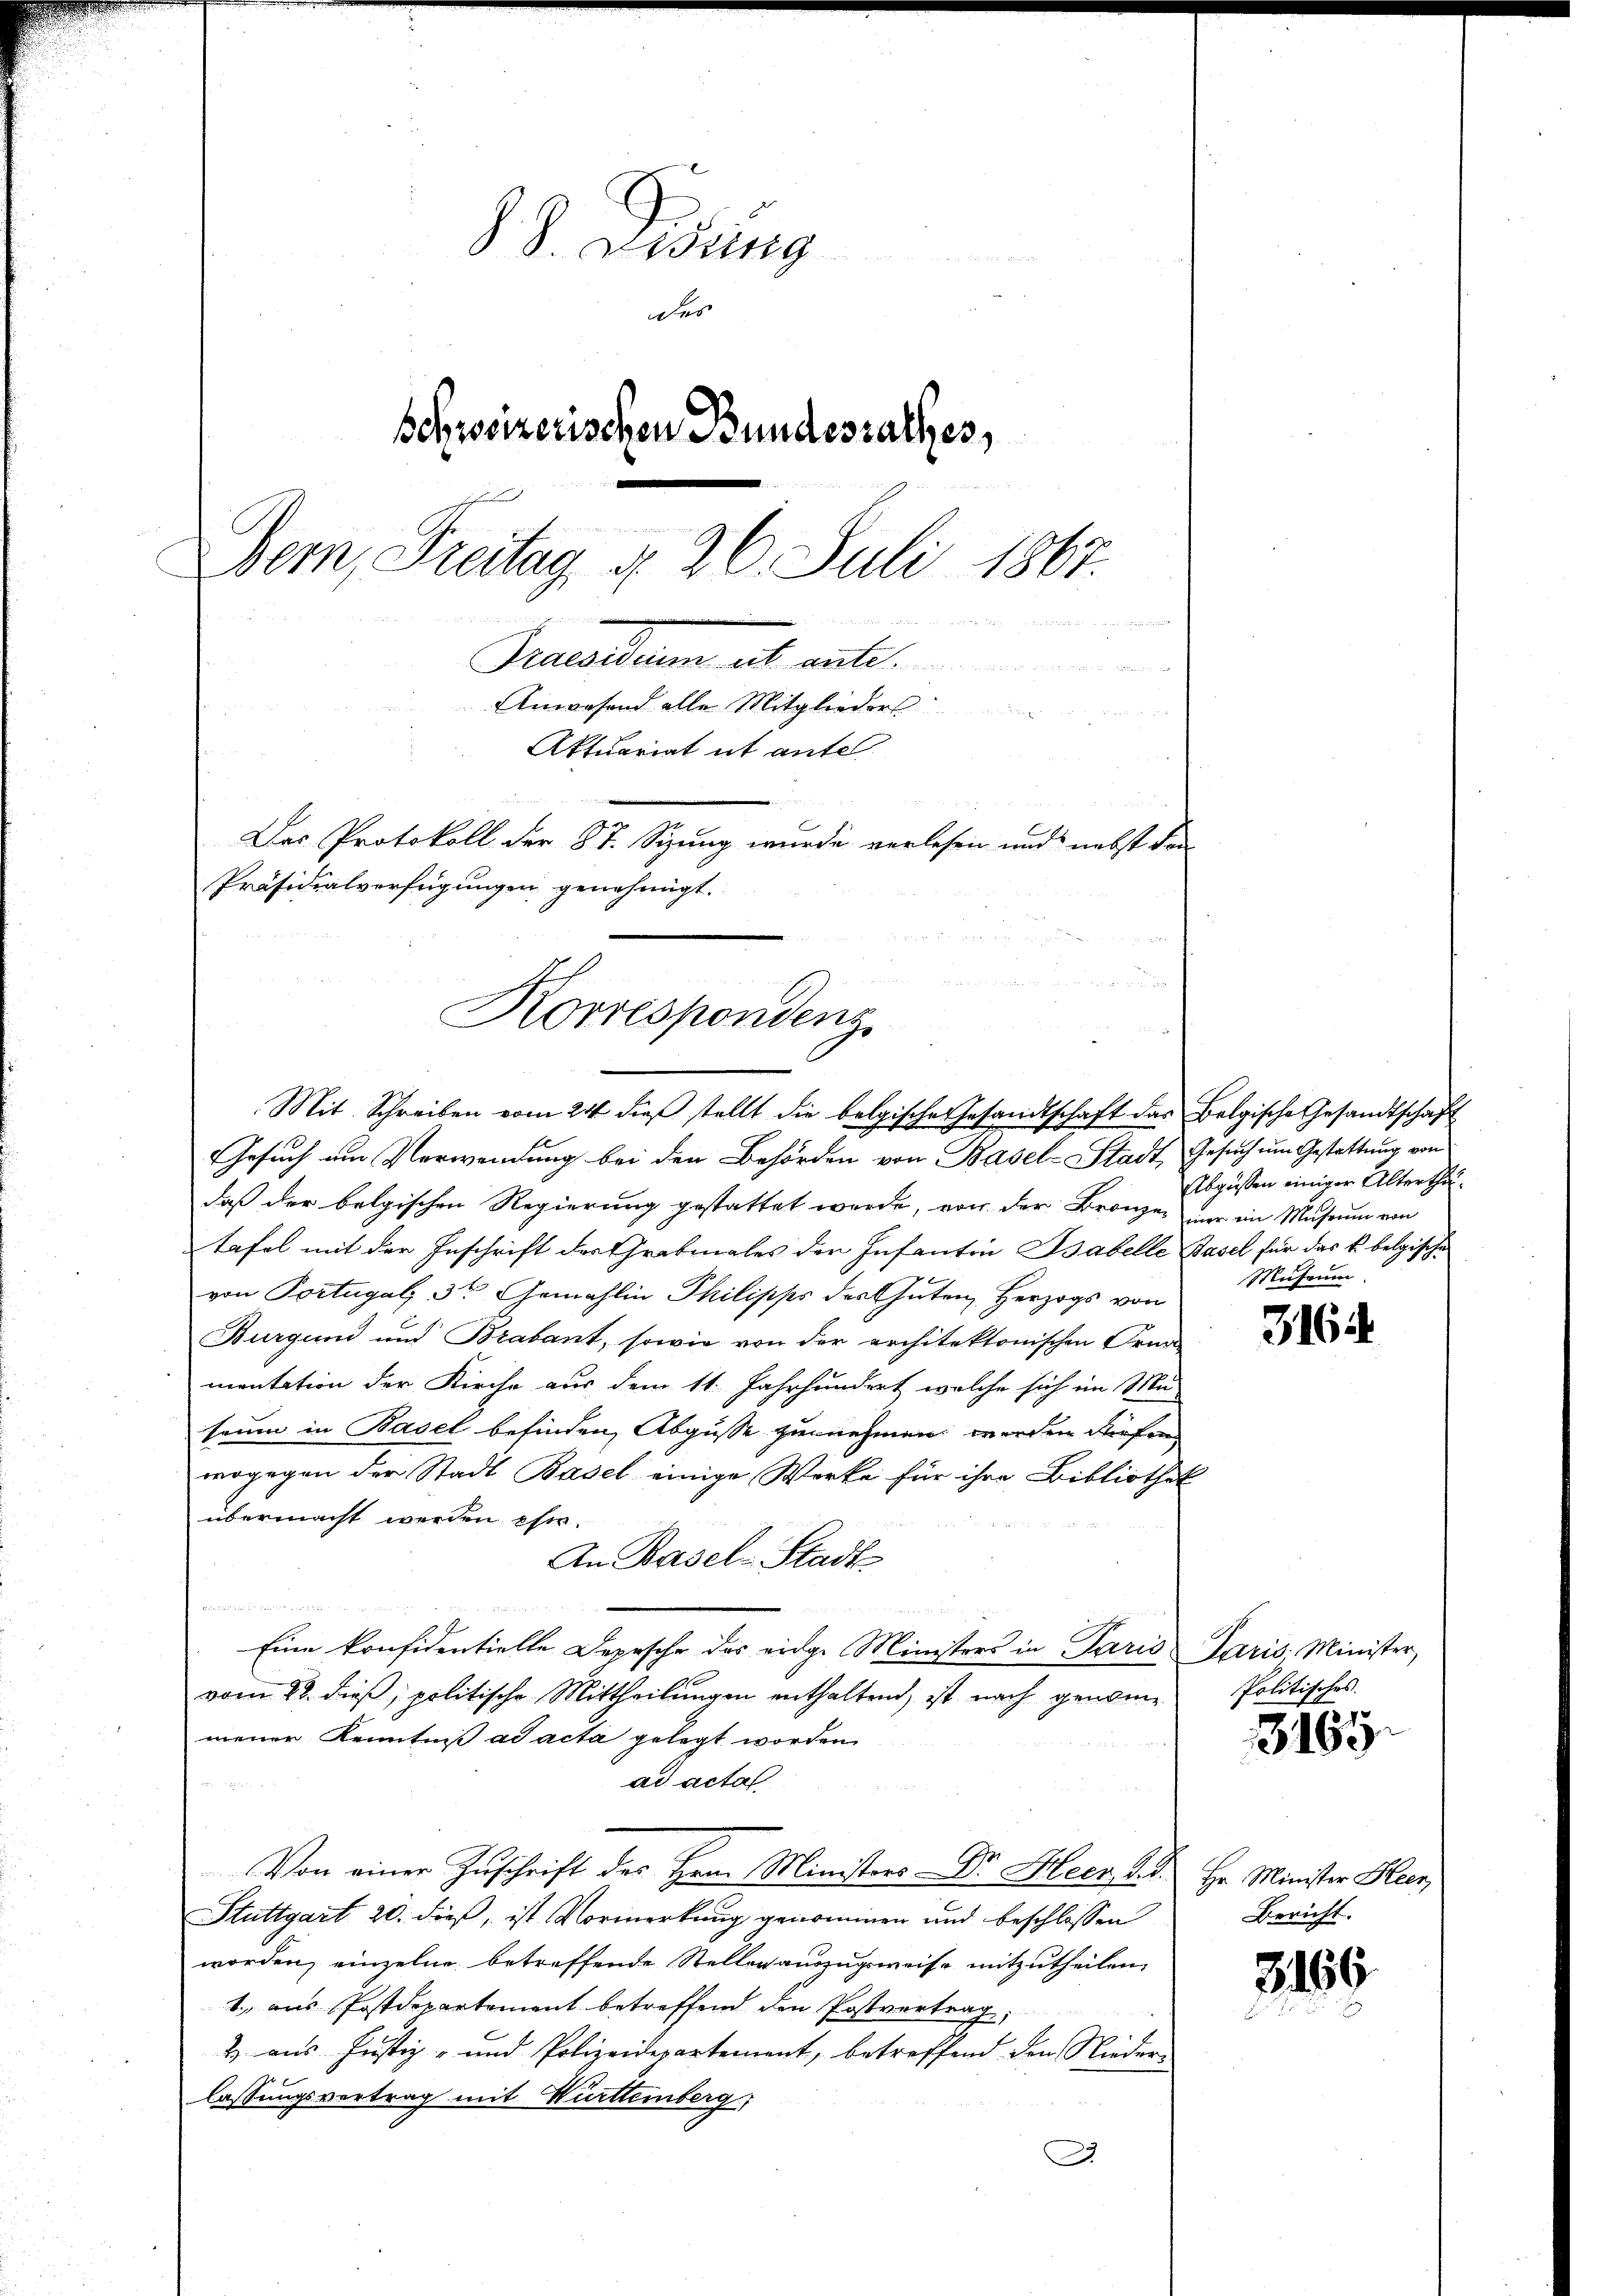
d. J. Fidung
des
sehrssizerischen Bundesrathes,
Bern, Freitag d. 26. Juli 1867.

e
Praedium das aut
Anwesend alle Mitglieders
Aktuariat it antel
Das Protokoll der 87. Sizung wurde verlesen und nebst da
Präsidialverfügungen genehmigt.

Korrespondenz.
Mit Schreiben vom 24. dieβ stellt die belgischer Gesandtschaft das Belgische Gesandtschaft

Gesuch um Verwendung bei den Behörden von Basel-Stadt, Gesuch um Gestattung von
daß der belgischen Regierung gestattet werde, von der Bronzen nur in Museum von
tafel mit der Inschrift des Grabmales der Infantin Babelle Basel für das k. belgische
von Portugal, 3 Gemahlin Philipps des Guten Herzogs von
Burgund und Brabant, sowie von der architektonischen Orna-
mentation der Kirche aus dem 11. Jahrhundert, welche sich im Mu
saum in Basel befinden, Abgusse zunehmen werden dürfen
wogegen der Stadt Basel einige Werke für ihre Bibliothek
übermacht werden ehe
An Basel-Stadt

Eine konfidentielle Depesche das eidge Ministers in Paris Paris Minister,
vom 28. dieß, politische Mittheilungen enthalten, ist nach genomme
mener Kenntniß ad acta gelegt worden
ad acta
Von einer Zuschrift des Hrn. Ministers Dr. Meer, d. d. Hr. Minister Heer,
Stuttgart 20. dieß, ist Vormerkung genommen und beschlossen
worden, einzelne betreffende Stellerauszugsweise mitzutheilen.
1. aus Postdepartement betreffend den Postvertrag,
2) aus Justiz- und Polizeidepartement, betreffend den Niederlassungsvertrag mit Württemberg,

Abgüssen einiger Alterthu¬
Museum

3164

Politisches.

3165.

Bericht.

3166